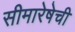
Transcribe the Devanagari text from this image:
सीमारेषेची